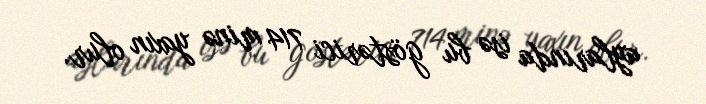
aylarında isə bu göstərici 714 minə yaxın olur.